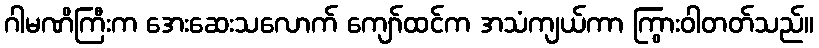
ဂါမဏိကြီးက အေးဆေးသလောက် ကျော်ထင်က အသံကျယ်ကာ ကြွားဝါတတ်သည်။